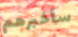
سأخبرهم